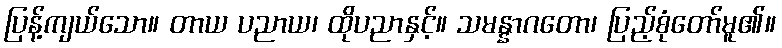
ပြန့်ကျယ်သော။ တာယ ပညာယ၊ ထိုပညာနှင့်။ သမန္နာဂတော၊ ပြည့်စုံတော်မူ၏။